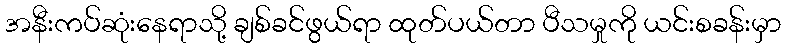
အနီးကပ်ဆုံးနေရာသို့ ချစ်ခင်ဖွယ်ရာ ထုတ်ပယ်တာ ပီသမှုကို ယင်းစခန်းမှာ